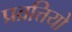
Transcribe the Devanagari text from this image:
प्रव्रत्तियो